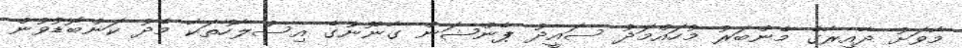
މާވަށު ދާއިރާގެ މެންބަރު މުހައްމަދު ސައީދު ޕެންޝަން ގާނޫނުގެ އިސްލާހުތަކާ މެދު ކަންބޮޑުވުން